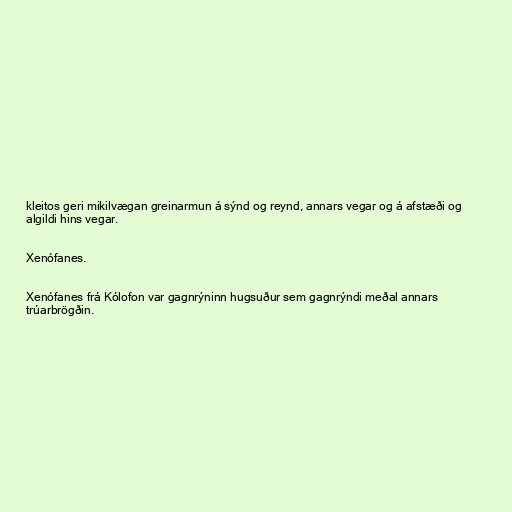
kleitos geri mikilvægan greinarmun á sýnd og reynd, annars vegar og á afstæði og
algildi hins vegar.

Xenófanes.

Xenófanes frá Kólofon var gagnrýninn hugsuður sem gagnrýndi meðal annars
trúarbrögðin.